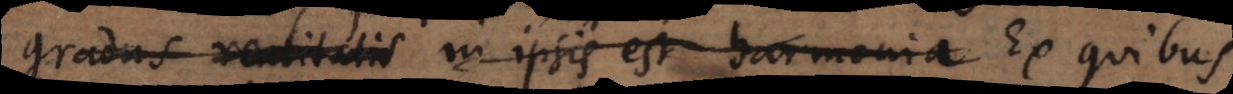
gradus realitatis in ipsis est harmonia, nexus